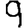
Digit: 9